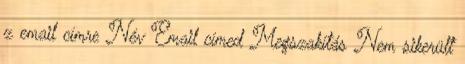
z email címre Név Email címed Megszakítás Nem sikerült